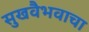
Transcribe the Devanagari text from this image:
सुखवैभवाचा